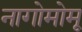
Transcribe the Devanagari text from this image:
नागोमोमू